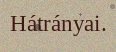
Hátrányai.